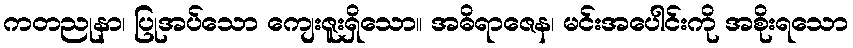
ကတညုနာ၊ ပြုအပ်သော ကျေးဇူးရှိသော။ အဓိရာဇေန၊ မင်းအပေါင်းကို အစိုးရသော